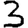
Digit: 3